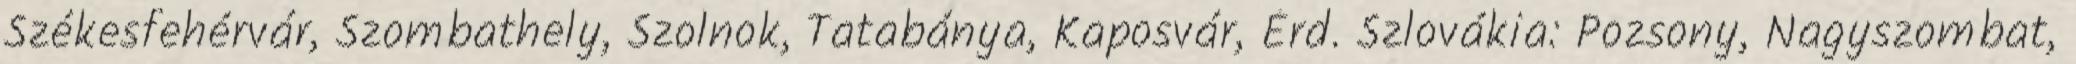
Székesfehérvár, Szombathely, Szolnok, Tatabánya, Kaposvár, Érd. Szlovákia: Pozsony, Nagyszombat,